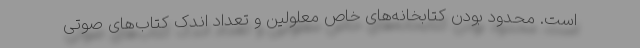
است. محدود بودن کتابخانه‌های خاص معلولین و تعداد اندکِ کتاب‌های صوتی